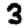
Digit: 3